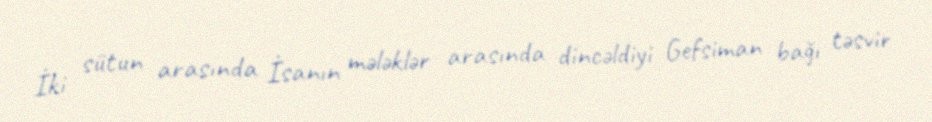
İki sütun arasında İsanın mələklər arasında dincəldiyi Gefsiman bağı təsvir